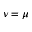
\nu = \mu